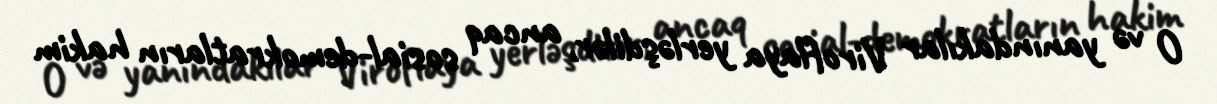
O və yanındakılar Viroflaya yerləşdilər, ancaq sosial-demokratların hakim